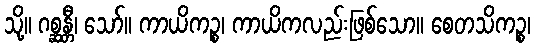
သို့။ ဂစ္ဆန္တီ၊ သော်။ ကာယိကဉ္စ၊ ကာယိကလည်းဖြစ်သော။ စေတသိကဉ္စ၊